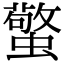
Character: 蟼